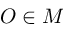
O \in M